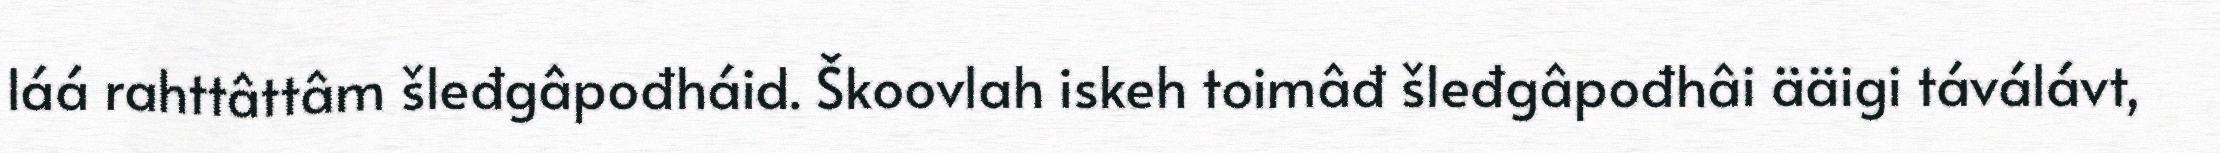
láá rahttâttâm šleđgâpođháid. Škoovlah iskeh toimâđ šleđgâpođhâi ääigi táválávt,